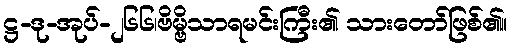
ဋ္ဌ-ဒု-အုပ်-၂၆၆၊ဗိမ္ဗိသာရမင်းကြီး၏ သားတော်ဖြစ်၏။